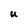
Character: U